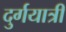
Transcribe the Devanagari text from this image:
दुर्गयात्री